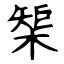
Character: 榘